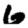
Digit: 6